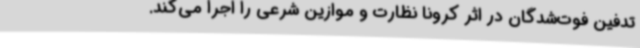
تدفین فوت‌شدگان در اثر کرونا نظارت و موازین شرعی را اجرا می‌کند.